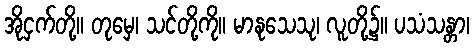
အိုငှက်တို့။ တုမှေ၊ သင်တို့ကို။ မာနုသေသု၊ လူတို့၌။ ပသံသန္တာ၊